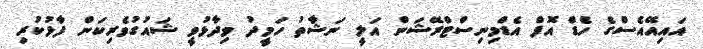
އައިއޭއެސްގެ ހެޑް އޮފް އެޑްމިނިސްޓްރޭޝަން އަލީ ނަޝާތު ހަމީދު ވިދާޅުވީ ޝައުގުވެރިކަން ފާޅުކުރި